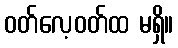
ဝတ်လေ့ဝတ်ထ မရှိ။